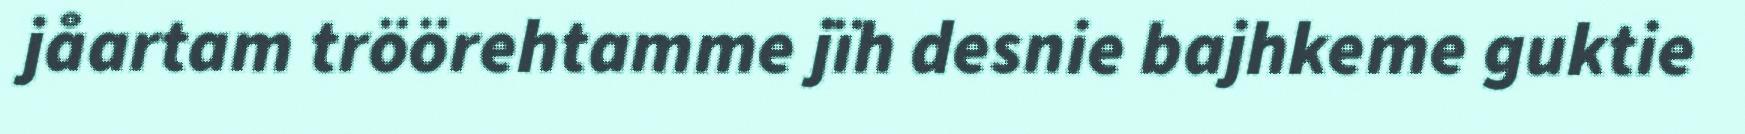
jåartam tröörehtamme jïh desnie bajhkeme guktie